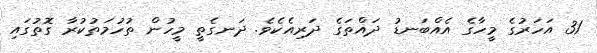
31 އަހަރުގެ މީހާގެ އެއްބަނޑު ދައްތަގެ ދަރިއެކެވެ. ދަނގެތީ މީހުން ތުހުމަތުކުރާ ގޮތުގައި